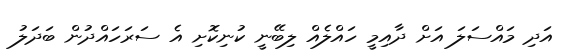
އަދި މައްސަލަ އަށް ދާއިމީ ހައްލެއް ލިބޭނީ ކުނިކޮށި އެ ސަރަހައްދުން ބަދަލު